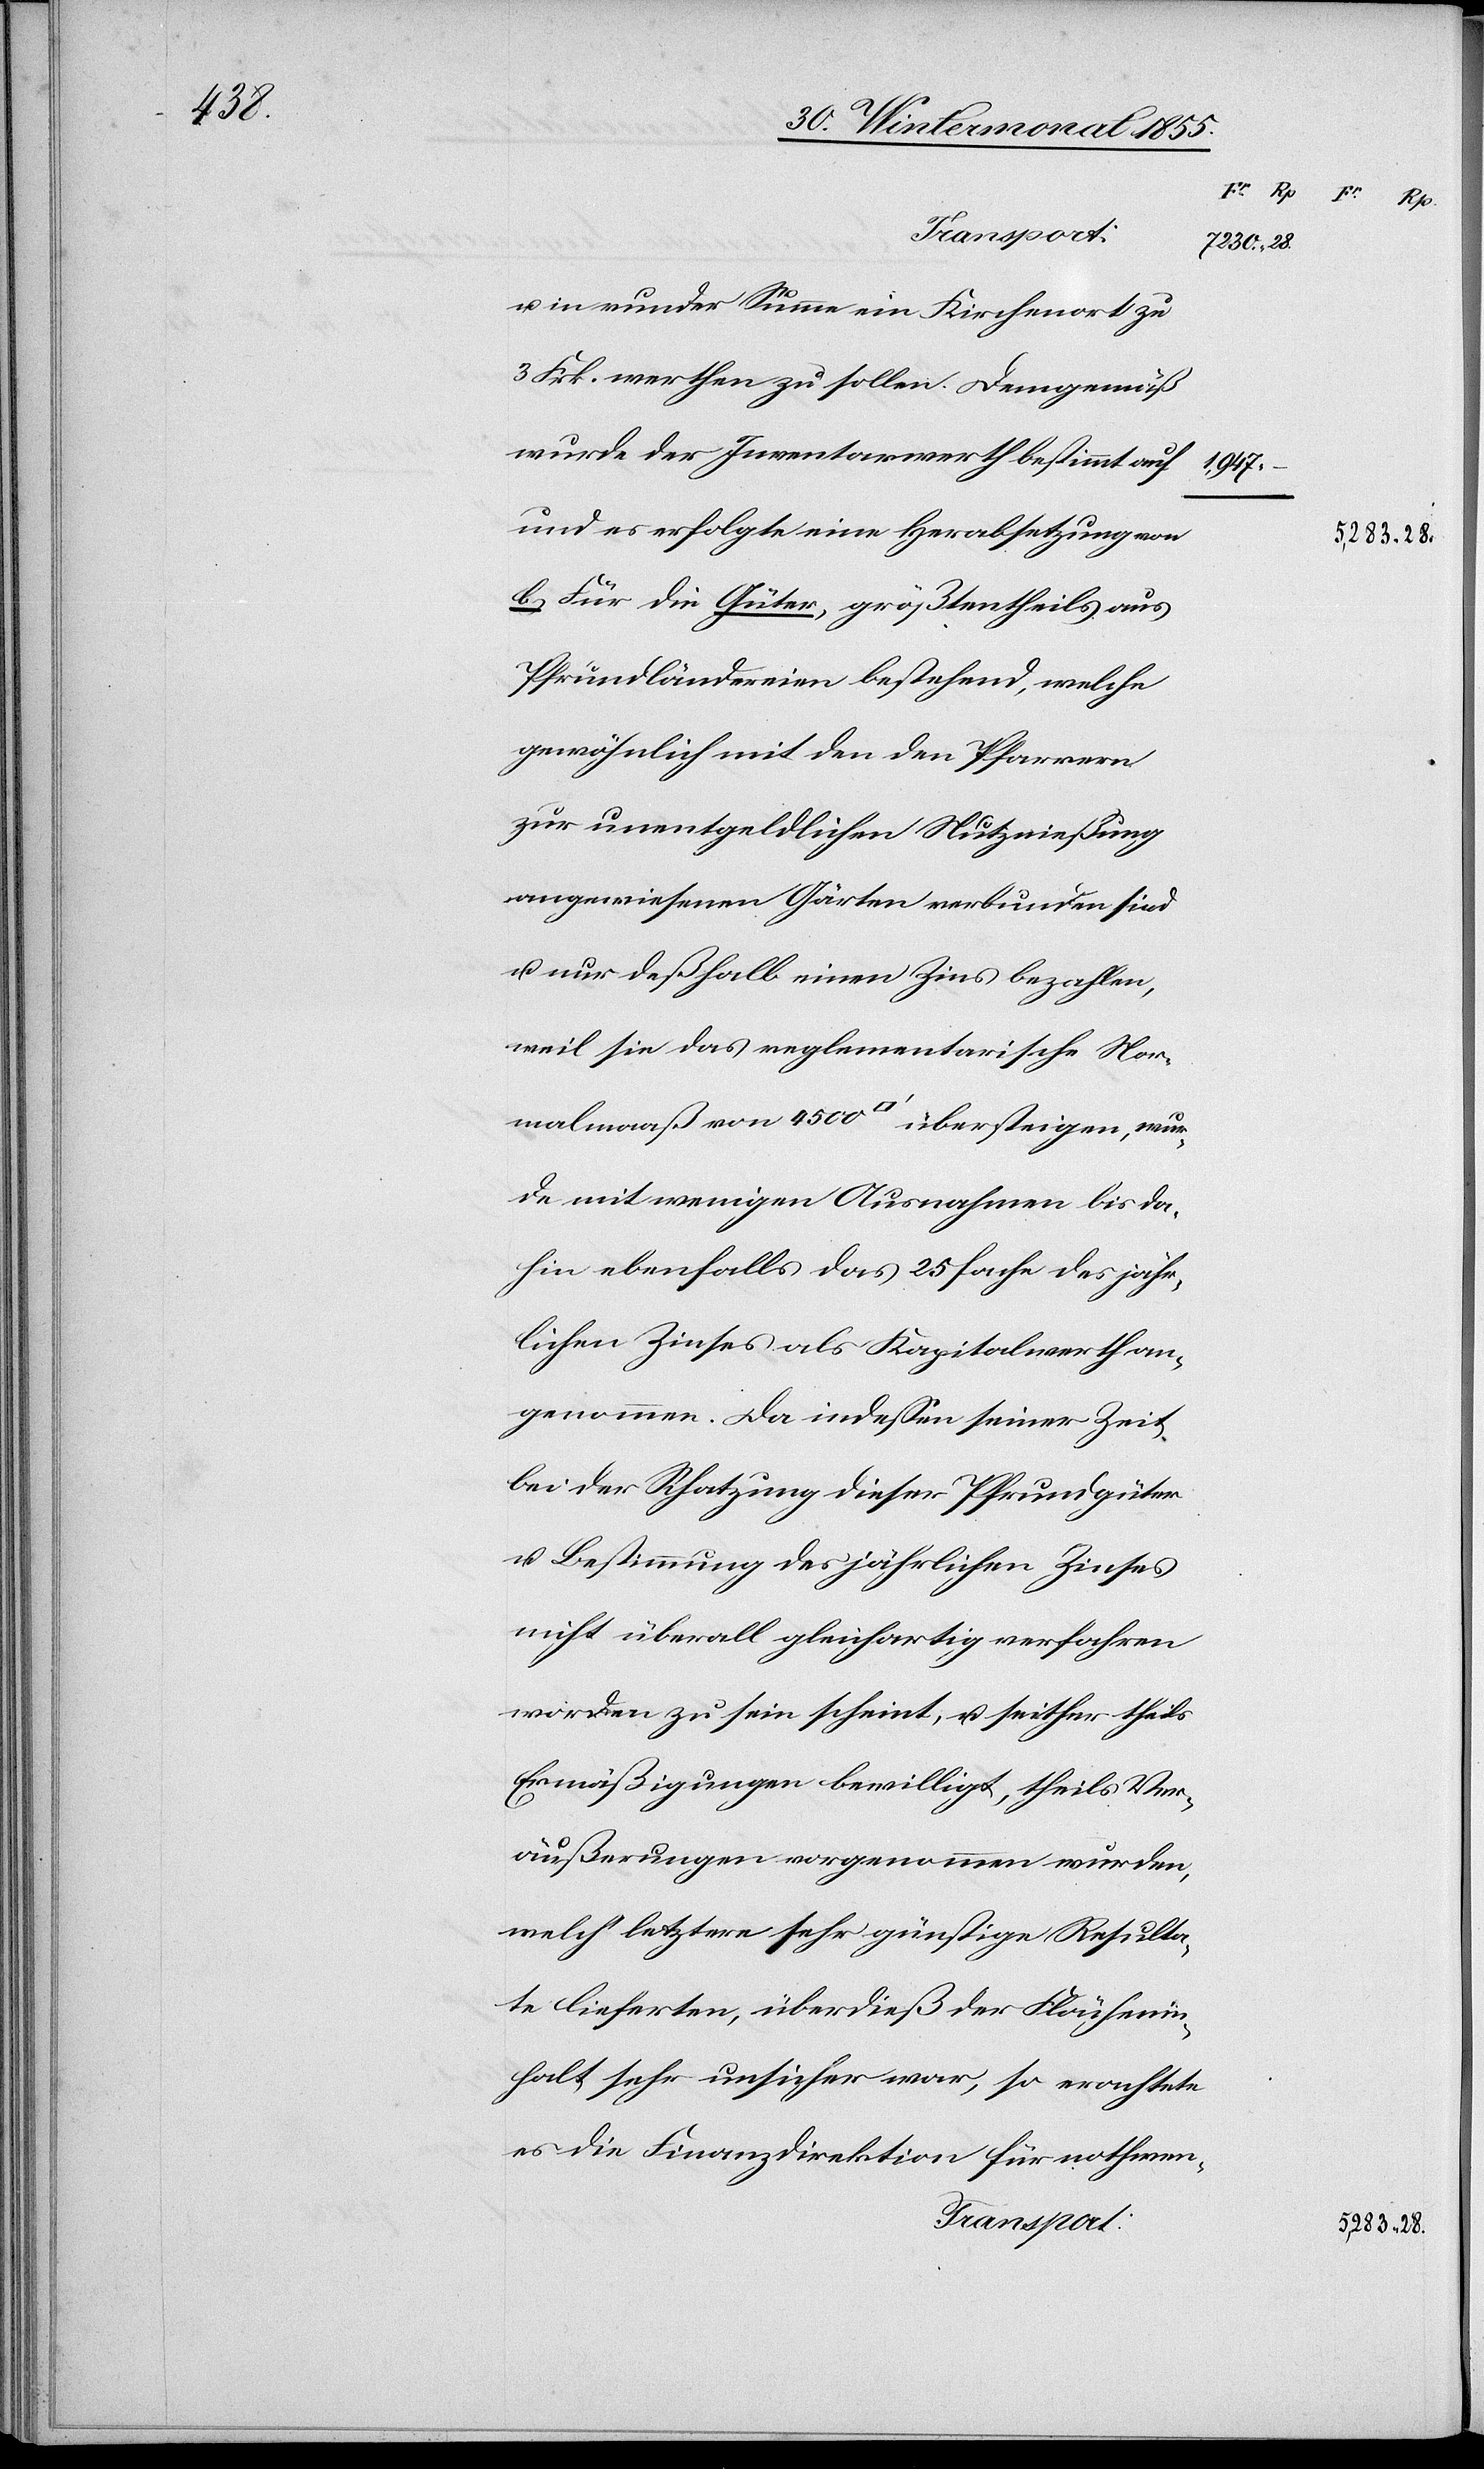
28.

Transport:
u. in runder Summe ein Kirchenort zu
3 Frk. werthen zu sollen. Demgemäß
wurde der Inventarwerth bestimmt auf
b. Für die Güter, größtentheils aus
Pfrundländereien bestehend, welche
gewöhnlich mit den den Pfarrern
zur unentgeldlichen Nutznießung
angewiesenen Gärten verbunden sind
u. nur deßhalb einen Zins bezahlen,
weil sie das reglementarische Nor¬
malmaaß von 4500 [Quadratfuß] übersteigen, wur¬
de mit wenigen Ausnahmen bis da¬
hin ebenfalls das 25 fache des jähr¬
lichen Zinses als Kapitalwerth an¬
genommen. Da indessen seiner Zeit
bei der Schatzung dieser Pfrundgüter
u. Bestimmung des jährlichen Zinses
nicht überall gleichartig verfahren
worden zu sein scheint, u. seither theils
Ermäßigungen bewilligt, theils Ver¬
äußerungen vorgenommen wurden,
welch‘ letztere sehr günstige Resulta¬
te lieferten, überdieß der Flächenin¬
halt sehr unsicher war, so erachtete
es die Finanzdirektion für nothwen-

1,947.
5,283.